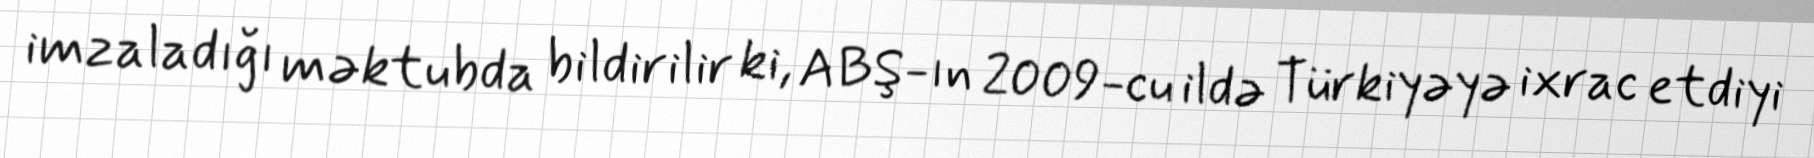
imzaladığı məktubda bildirilir ki, ABŞ-ın 2009-cu ildə Türkiyəyə ixrac etdiyi